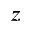
z